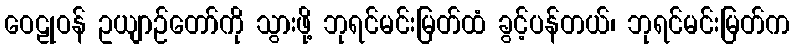
ဝေဠုဝန် ဥယျာဉ်တော်ကို သွားဖို့ ဘုရင်မင်းမြတ်ထံ ခွင့်ပန်တယ်၊ ဘုရင်မင်းမြတ်က